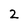
Character: 2